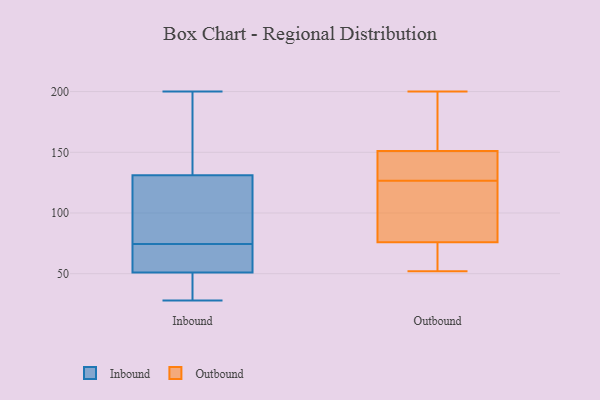
{"axis": {"x": "Active Users", "y": "Value"}, "legend": ["Inbound", "Outbound"], "data": [{"x": "", "y": 167, "type": "Inbound"}, {"x": "", "y": 131, "type": "Inbound"}, {"x": "", "y": 200, "type": "Inbound"}, {"x": "", "y": 29, "type": "Inbound"}, {"x": "", "y": 66, "type": "Inbound"}, {"x": "", "y": 51, "type": "Inbound"}, {"x": "", "y": 69, "type": "Inbound"}, {"x": "", "y": 80, "type": "Inbound"}, {"x": "", "y": 101, "type": "Inbound"}, {"x": "", "y": 28, "type": "Inbound"}, {"x": "", "y": 102, "type": "Outbound"}, {"x": "", "y": 145, "type": "Outbound"}, {"x": "", "y": 84, "type": "Outbound"}, {"x": "", "y": 134, "type": "Outbound"}, {"x": "", "y": 68, "type": "Outbound"}, {"x": "", "y": 60, "type": "Outbound"}, {"x": "", "y": 119, "type": "Outbound"}, {"x": "", "y": 182, "type": "Outbound"}, {"x": "", "y": 200, "type": "Outbound"}, {"x": "", "y": 151, "type": "Outbound"}, {"x": "", "y": 52, "type": "Outbound"}, {"x": "", "y": 151, "type": "Outbound"}]}